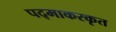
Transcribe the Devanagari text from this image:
पद्माकरकृत